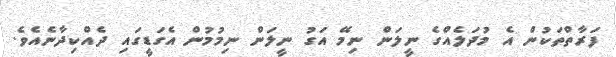
ފަރާތްތަކުން އެ މުދަލެއްގެ ނީލަން ނިމޭ އަގު ނީލަން ނިމުމުން އެގަޑީގައި ދެއްކިދާނެއެވެ.